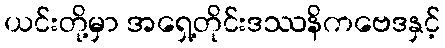
ယင်းတို့မှာ အရှေ့တိုင်းဒဿနိကဗေဒနှင့်